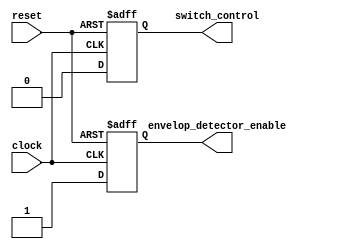
///////////////////////////////////////////////////////////////////////////////////////////////////
// Company: <Name>
//
// File history:
//      <Revision number>: <Date>: <Comments>
//      <Revision number>: <Date>: <Comments>
//      <Revision number>: <Date>: <Comments>
//
// Description: 
//
// <Description here>
//
// Targeted device: <Family::IGLOO> <Die::AGLN250V2> <Package::100 VQFP>
//
/////////////////////////////////////////////////////////////////////////////////////////////////// 
//`timescale <time_units> / <precision>

module rf_logic_test_module( clock, reset, switch_control, envelop_detector_enable );
input clock, reset;
output reg switch_control;
output reg envelop_detector_enable;

always @(posedge clock or negedge reset)
begin
    if (!reset)
    begin
        switch_control <= 0;
        envelop_detector_enable <= 0;
    end
    else
    begin
        switch_control <= 0;
        envelop_detector_enable <= 1;
    end
end

endmodule